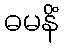
ဓမနိံ